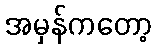
အမှန်ကတော့